Source: Handwritten
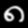
Digit: ၈ (8)